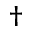
^ \dagger